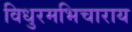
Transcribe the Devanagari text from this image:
विधुरमभिचाराय